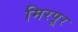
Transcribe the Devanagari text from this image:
मिरपूर